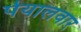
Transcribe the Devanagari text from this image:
पेयालवार